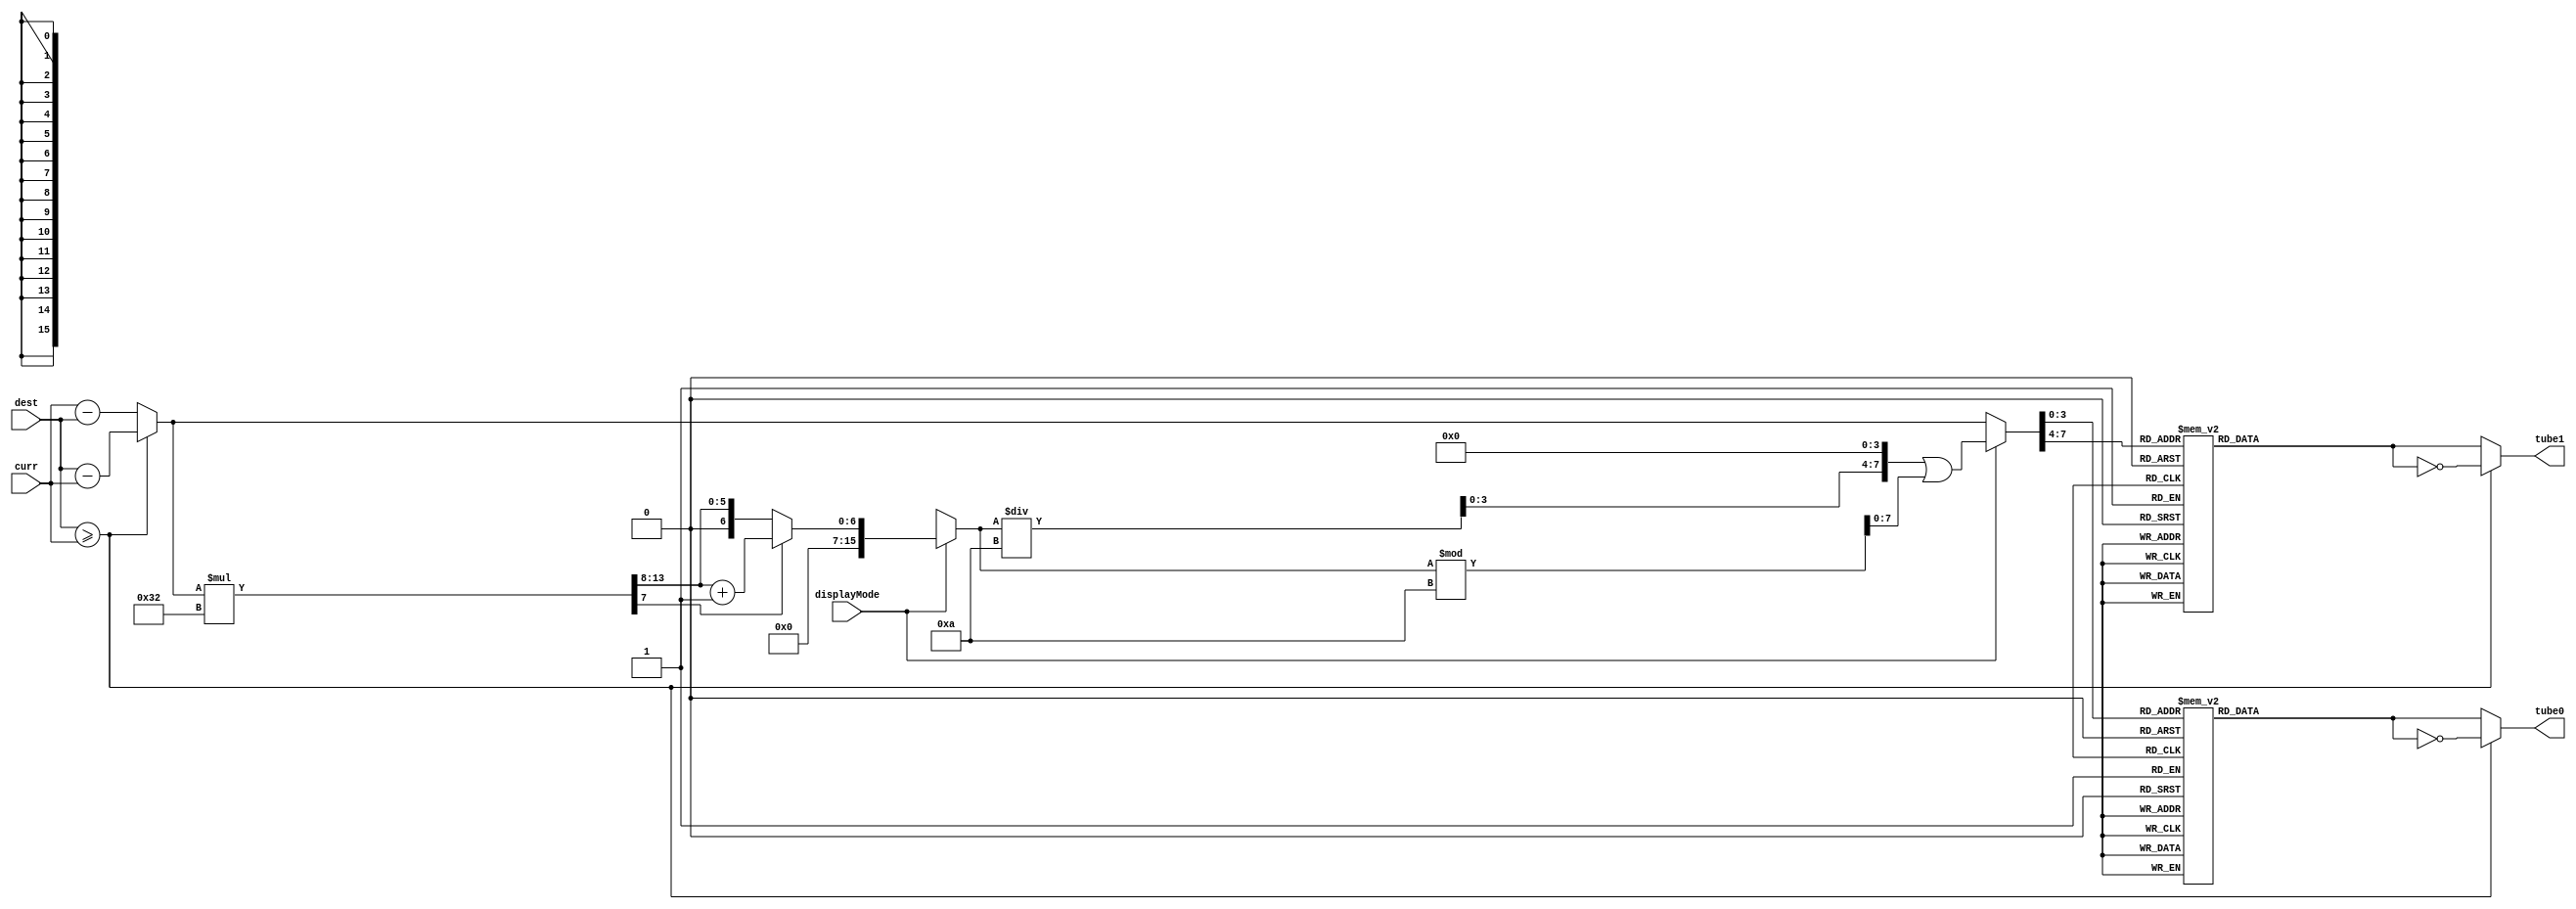
module DisplayDifference (displayMode, dest, curr, tube0, tube1);
	input displayMode;
	input [7:0] dest, curr;
	output reg [7:0] tube0, tube1;
	reg [7:0] difference, display;
	reg neg;
	
	initial begin
		difference = 8'd0;
		neg = 1'b0;
		tube0 = 8'hFF;
		tube1 = 8'hFF;
	end
	
	function [7:0] segment;
		input [3:0] dig;
		input dot;
		begin
			case (dig)
				0: segment = {dot, 7'b0111111}; // 0
				1: segment = {dot, 7'b0000110}; // 1
				2: segment = {dot, 7'b1011011}; // 2
				3: segment = {dot, 7'b1001111}; // 3
				4: segment = {dot, 7'b1100110}; // 4
				5: segment = {dot, 7'b1101101}; // 5
				6: segment = {dot, 7'b1111101}; // 6
				7: segment = {dot, 7'b0100111}; // 7
				8: segment = {dot, 7'b1111111}; // 8
				9: segment = {dot, 7'b1100111}; // 9
				10: segment = {dot, 7'b1110111}; // A
				11: segment = {dot, 7'b1111100}; // b
				12: segment = {dot, 7'b0111001}; // c
				13: segment = {dot, 7'b1011110}; // d
				14: segment = {dot, 7'b1111001}; // E
				15: segment = {dot, 7'b1110001}; // F
				default: segment = {dot, 7'b0000000};
			endcase
		end
	endfunction
	
	function [7:0] convertToDec;
		input [7:0] hex;
		reg [15:0] temp;
		begin
			temp = hex * 50;
			if (temp[7]) begin
				temp = (temp >> 8) + 1;
			end else begin
				temp = temp >> 8;
			end
			convertToDec = ((temp / 10) << 4) | (temp % 10);
		end
	endfunction
	
	always@(*) begin
		if (dest >= curr) begin
			difference = dest - curr;
			neg = 1'b0;
		end else begin
			difference = curr - dest;
			neg = 1'b1;
		end
		if (displayMode) begin
			display = convertToDec(difference);
		end else begin
			display = difference;
		end
		tube0 = segment(display, 1'b0);
		tube1 = segment(display >> 4, 1'b0);
		if (!neg) begin
			tube0 = ~tube0;
			tube1 = ~tube1;
		end
	end
endmodule